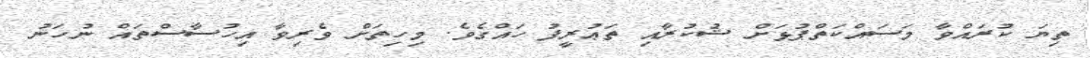
ތިޔަ ކުރައްވާ މަސައްކަތްޕުޅަށް ޝުކުރާއި ތަޢުރީފު ހައްގެވެ. މިހިތަށް ވެރިވާ އިހުސާސްތައް ނުހަނު